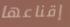
إقناعها